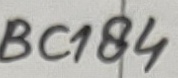
Text: BC184